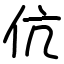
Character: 伉